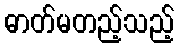
ဓာတ်မတည့်သည့်